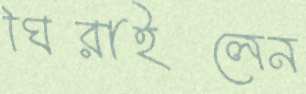
ঘিরাইলেন